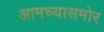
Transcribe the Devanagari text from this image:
आमच्यासमोर